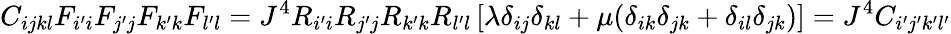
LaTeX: C_{ijkl}F_{i^{\prime}i}F_{j^{\prime}j}F_{k^{\prime}k}F_{l^{\prime}l}=J^{4}R_{i^{\prime}i}R_{j^{\prime}j}R_{k^{\prime}k}R_{l^{\prime}l}\left[\lambda\delta_{ij}\delta_{kl}+\mu(\delta_{ik}\delta_{jk}+\delta_{il}\delta_{jk})\right]=J^{4}C_{i^{\prime}j^{\prime}k^{\prime}l^{\prime}}